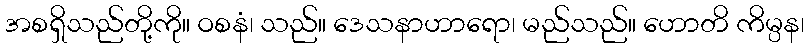
အစရှိသည်တို့ကို။ ဝစနံ၊ သည်။ ဒေသနာဟာရော၊ မည်သည်။ ဟောတိ ကိမ္ပန၊